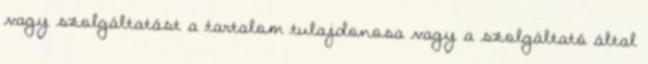
vagy szolgáltatást a tartalom tulajdonosa vagy a szolgáltató által